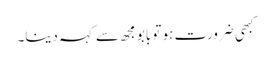
کبھی ضرورت ہو تو بابو مجھ سے کہہ دینا۔